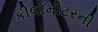
કીલોમીટરની